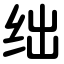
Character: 绌